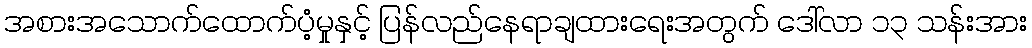
အစားအသောက်ထောက်ပံ့မှုနှင့် ပြန်လည်နေရာချထားရေးအတွက် ဒေါ်လာ ၁၃ သန်းအား